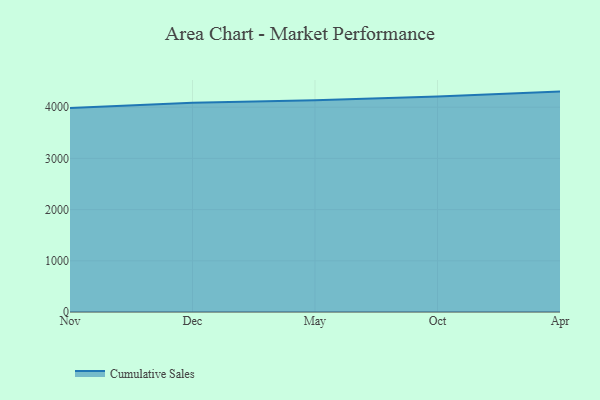
{"axis": {"x": "Month", "y": "Temperature (°C)"}, "legend": ["Cumulative Sales"], "data": [{"x": "Nov", "y": 3982.6, "type": "Cumulative Sales"}, {"x": "Dec", "y": 4087.0, "type": "Cumulative Sales"}, {"x": "May", "y": 4136.2, "type": "Cumulative Sales"}, {"x": "Oct", "y": 4207.2, "type": "Cumulative Sales"}, {"x": "Apr", "y": 4305.0, "type": "Cumulative Sales"}]}